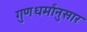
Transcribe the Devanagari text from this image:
गुणधर्मांनुसार